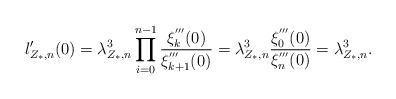
LaTeX: \begin{align*}l_{Z_*,n}'(0)={\lambda_{Z_*,n}^3} \prod_{i=0}^{n-1}{ \xi_{k}^{'''}(0) \over \xi_{k+1}^{'''}(0)}={\lambda_{Z_*,n}^3} { \xi_{0}^{'''}(0) \over \xi_n^{'''}(0)}={\lambda_{Z_*,n}^3}.\end{align*}